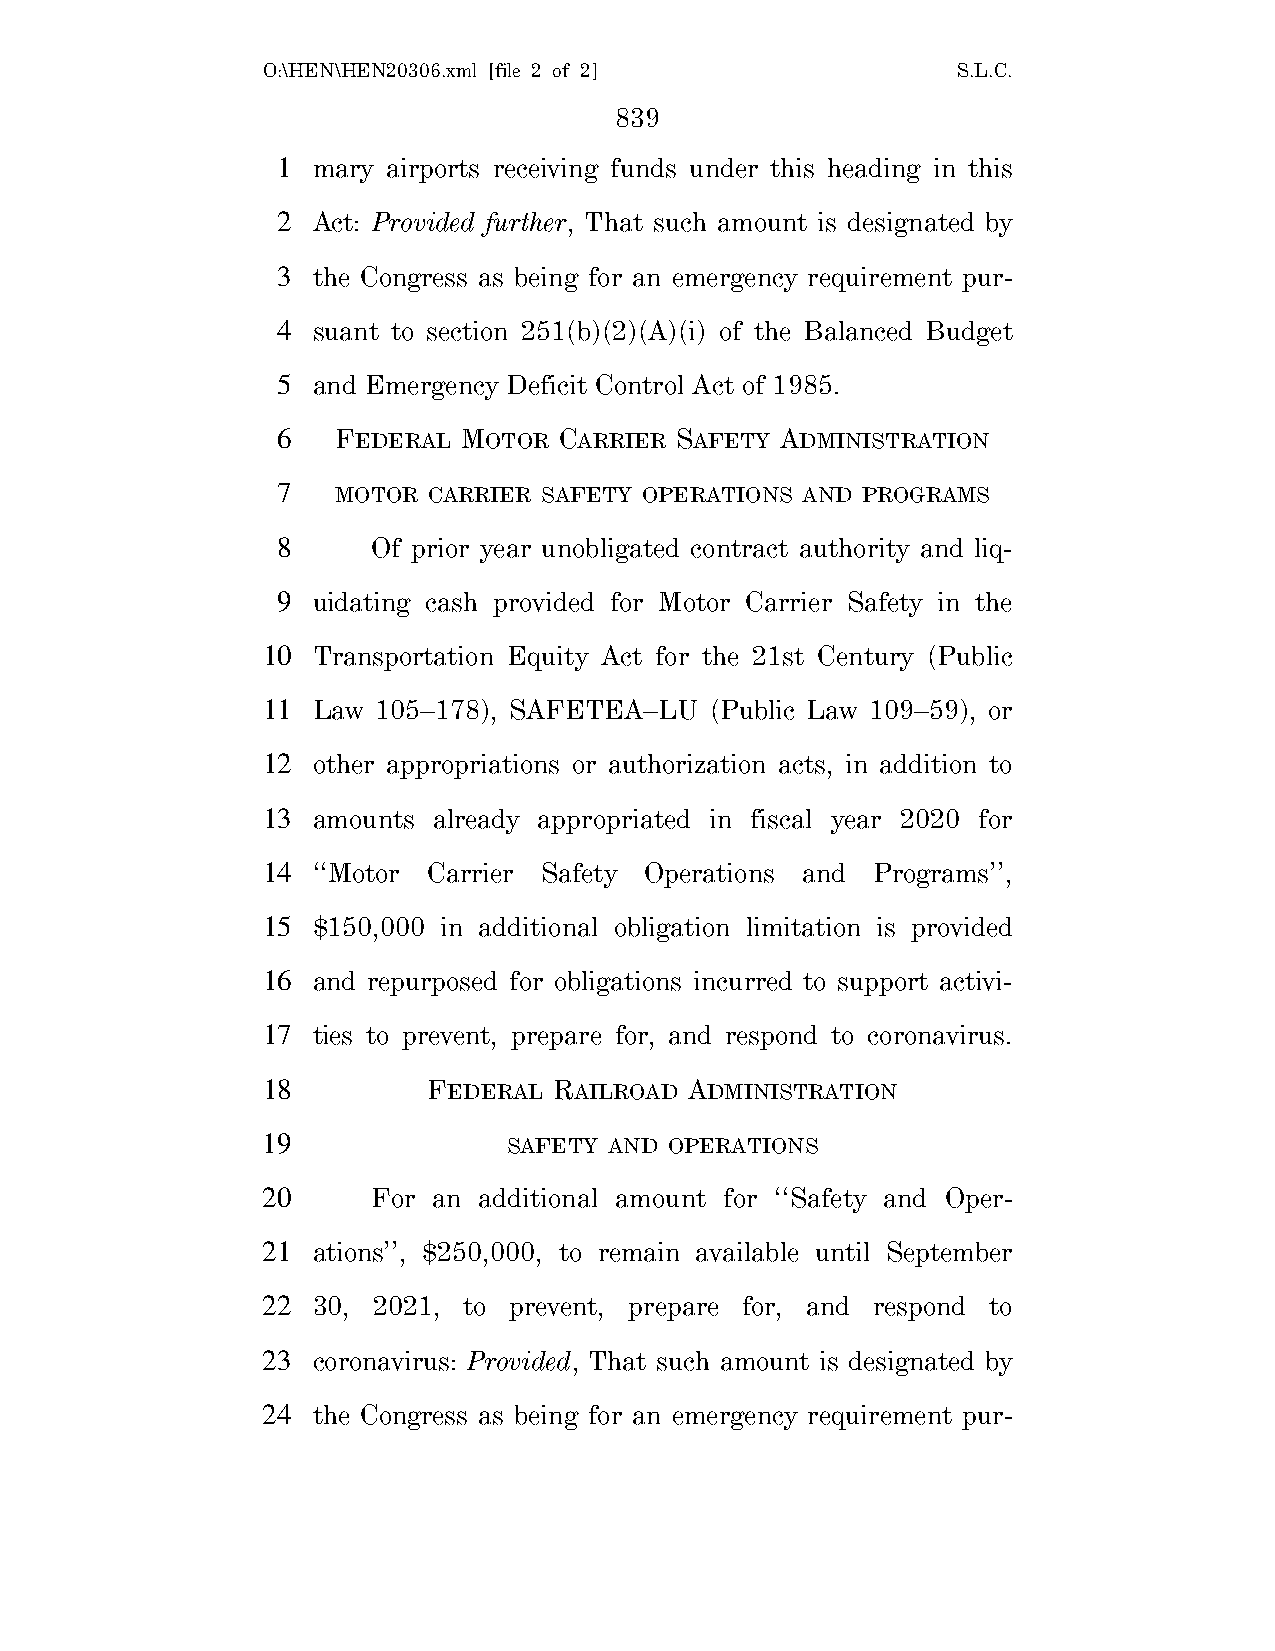
O:\HEN\HEN20306.xml [file 2 of 2]             S.L.C.
 839
 1  mary airports receiving funds under this heading in this
 2  Act: Provided further, That such amount is designated by
 3  the Congress as being for an emergency requirement pur-
 4  suant to section 251(b)(2)(A)(i) of the Balanced Budget
 5  and Emergency Deficit Control Act of 1985.
 6   FEDERAL  MOTOR CARRIER SAFETY ADMINISTRATION
 7   MOTOR CARRIER SAFETY OPERATIONS AND PROGRAMS
 8      Of prior year unobligated contract authority and liq-
 9  uidating cash provided for Motor Carrier Safety in the
 10  Transportation Equity Act for the 21st Century (Public
 11  Law 105–178), SAFETEA–LU  (Public Law 109–59), or
 12  other appropriations or authorization acts, in addition to
 13  amounts already appropriated in fiscal year 2020 for
 14  ‘‘Motor Carrier Safety Operations and Programs’’,
 15  $150,000 in additional obligation limitation is provided
 16  and repurposed for obligations incurred to support activi-
 17  ties to prevent, prepare for, and respond to coronavirus.
 18         FEDERAL  RAILROAD ADMINISTRATION
 19               SAFETY AND OPERATIONS
 20      For an additional amount for ‘‘Safety and Oper-
 21  ations’’, $250,000, to remain available until September
 22  30, 2021, to prevent, prepare for, and respond to
 23  coronavirus: Provided, That such amount is designated by
 24  the Congress as being for an emergency requirement pur-